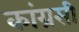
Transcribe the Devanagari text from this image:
कांग्रसी